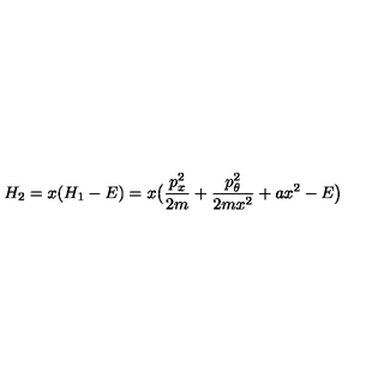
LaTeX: H _ { 2 } = x ( H _ { 1 } - E ) = x \bigl ( \frac { p _ { x } ^ { 2 } } { 2 m } + \frac { p _ { \theta } ^ { 2 } } { 2 m x ^ { 2 } } + a x ^ { 2 } - E \bigr )